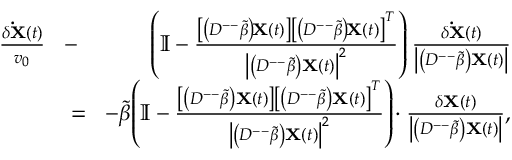
\begin{array} { r l r } { \frac { \delta \mathbf { \dot { X } } ( t ) } { v _ { 0 } } \! } & { { } - } & { \! \left( \mathbb { I } - \frac { \left[ \left( D ^ { -- } \tilde { \beta } \right) \! \mathbf { X } ( t ) \right] \left[ \left( D ^ { -- } \tilde { \beta } \right) \! \mathbf { X } ( t ) \right] ^ { T } } { \left| \left( D ^ { -- } \tilde { \beta } \right) \mathbf { X } ( t ) \right| ^ { 2 } } \right) \frac { \delta \mathbf { \dot { X } } ( t ) } { \left| \left( D ^ { -- } \tilde { \beta } \right) \mathbf { X } ( t ) \right| } } \\ { \! } & { { } = } & { \! - \tilde { \beta } \! \left( \mathbb { I } - \frac { \left[ \left( D ^ { -- } \tilde { \beta } \right) \mathbf { X } ( t ) \right] \left[ \left( D ^ { -- } \tilde { \beta } \right) \mathbf { X } ( t ) \right] ^ { T } } { \left| \left( D ^ { -- } \tilde { \beta } \right) \mathbf { X } ( t ) \right| ^ { 2 } } \right) \! \cdot \frac { \delta \mathbf { X } ( t ) } { \left| \left( D ^ { -- } \tilde { \beta } \right) \mathbf { X } ( t ) \right| } , } \end{array}